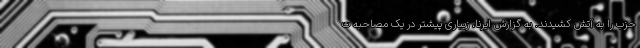
حزب را به آتش کشیدند. به گزارش ایرنا، زیباری پیشتر در یک مصاحبه ت